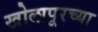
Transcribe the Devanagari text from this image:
खोलापूरच्या